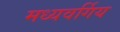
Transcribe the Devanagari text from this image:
मध्यवर्गिय